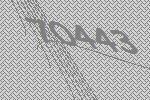
70443